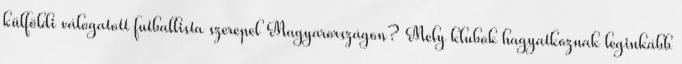
külföldi válogatott futballista szerepel Magyarországon? Mely klubok hagyatkoznak leginkább